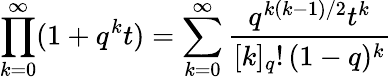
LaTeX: \prod_{k=0}^{\infty}(1+q^{k}t)=\sum_{k=0}^{\infty}{\frac{q^{k(k-1)/2}t^{k}}{[k]_{q}!\, (1-q)^{k}}}